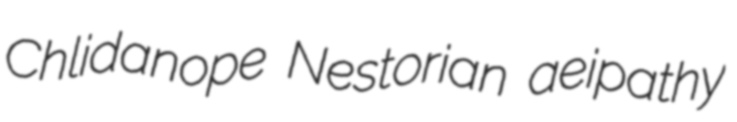
Chlidanope Nestorian aeipathy